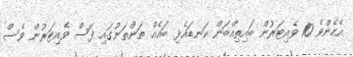
އެހެންވެ 10 ވެއިޓަރުން ބައިތިއްބަން ކަނޑައެޅި ބައެއް ތަންތަނުގައި ފަސް ވެއިޓަރުން ވެސް